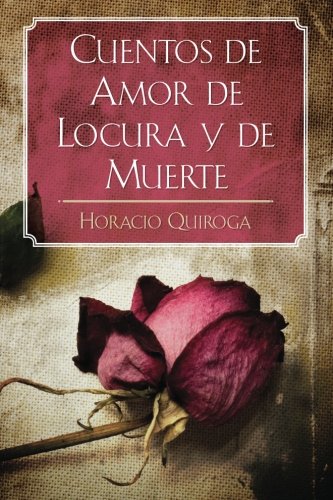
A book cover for Cuentos de Amor de Locura y de Muerte; Horacio Quiroga; Literature & Fiction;